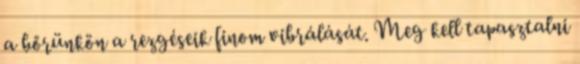
a bőrünkön a rezgéseik finom vibrálását. Meg kell tapasztalni